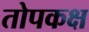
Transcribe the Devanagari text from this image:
तोपकक्ष